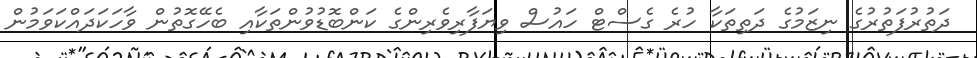
ދަތުރުފަތުރުގެ ނިޒަމުގެ ދަތިތަކާ ހުރެ ގެސްޓް ހައުސް ވިޔަފާރިވެރިންގެ ކަންބޮޑުވުންތަކާއި ބެހޭގޮތުން ވާހަކަދައްކަވަމުން